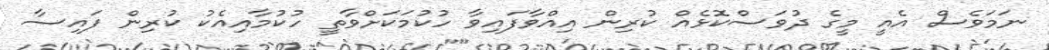
ނަމަވެސް އެއީ މީގެ ދުވަސްކޮޅެއް ކުރިން އިއްވާފައިވާ ހުކުމަކަށްވާތީ ހުކުމާއިއެކު ކުރިން ފައިސާ